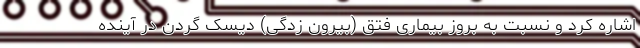
اشاره کرد و نسبت به بروز بیماری فتق (بیرون زدگی) دیسک گردن در آینده